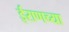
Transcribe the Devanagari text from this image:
ईराणच्या